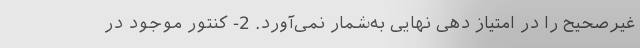
غیرصحیح را در امتیاز دهی نهایی به‌شمار نمی‌آورد. 2- کنتور موجود در